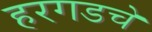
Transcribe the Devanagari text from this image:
हरगडचे